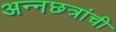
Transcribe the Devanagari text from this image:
अन्नछत्रांची